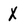
Character: X